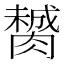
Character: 膥